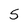
Character: 5